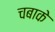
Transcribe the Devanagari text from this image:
चबाके